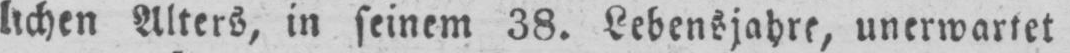
lichen Alters, in seinem 38. Lebensjahre, unerwartet